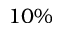
1 0 \%